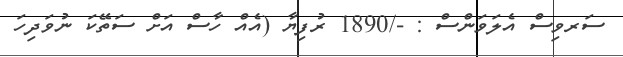
ސަރވިސް އެލަވަންސް : -/1890 ރުފިޔާ (އެއް ހާސް އަށް ސަތޭކަ ނުވަދިހަ